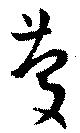
慶